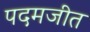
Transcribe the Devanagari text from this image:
पदमजीत